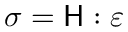
\, \, { \boldsymbol { \sigma } } = { \mathsf { H } } : { \boldsymbol { \varepsilon } } \,